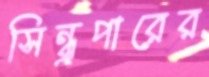
সিন্ধুপারের